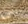
انفي